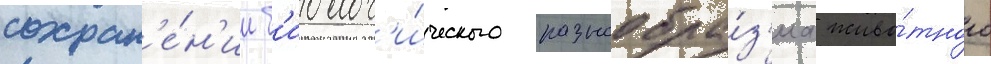
сохран'е́н'ии б'иолог'и́ческого разнообра́з'иа живо́тного